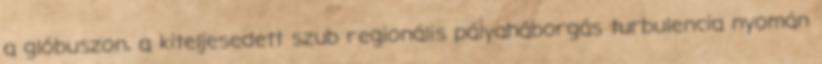
a glóbuszon, a kiteljesedett szub regionális pályaháborgás turbulencia nyomán